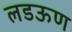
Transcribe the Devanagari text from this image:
लडऊण